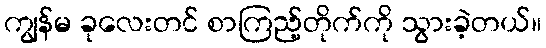
ကျွန်မ ခုလေးတင် စာကြည့်တိုက်ကို သွားခဲ့တယ်။